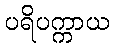
ပရိပက္ကာယ